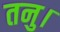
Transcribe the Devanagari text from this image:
तनु।